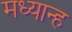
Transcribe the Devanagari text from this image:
मध्‍यान्‍ह